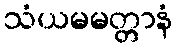
သံယမမတ္တာနံ